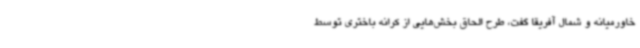
خاورمیانه و شمال آفریقا گفت، طرح الحاق بخش‌هایی از کرانه باختری توسط